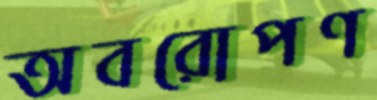
অবরোপণ